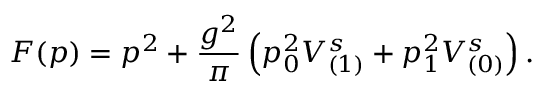
F ( p ) = p ^ { 2 } + \frac { g ^ { 2 } } { \pi } \left( p _ { 0 } ^ { 2 } V _ { ( 1 ) } ^ { s } + p _ { 1 } ^ { 2 } V _ { ( 0 ) } ^ { s } \right) .